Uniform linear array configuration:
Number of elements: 24
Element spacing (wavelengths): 0.75
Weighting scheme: uniform
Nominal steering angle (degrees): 60
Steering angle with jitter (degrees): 58.027
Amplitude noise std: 0.05
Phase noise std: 0.05

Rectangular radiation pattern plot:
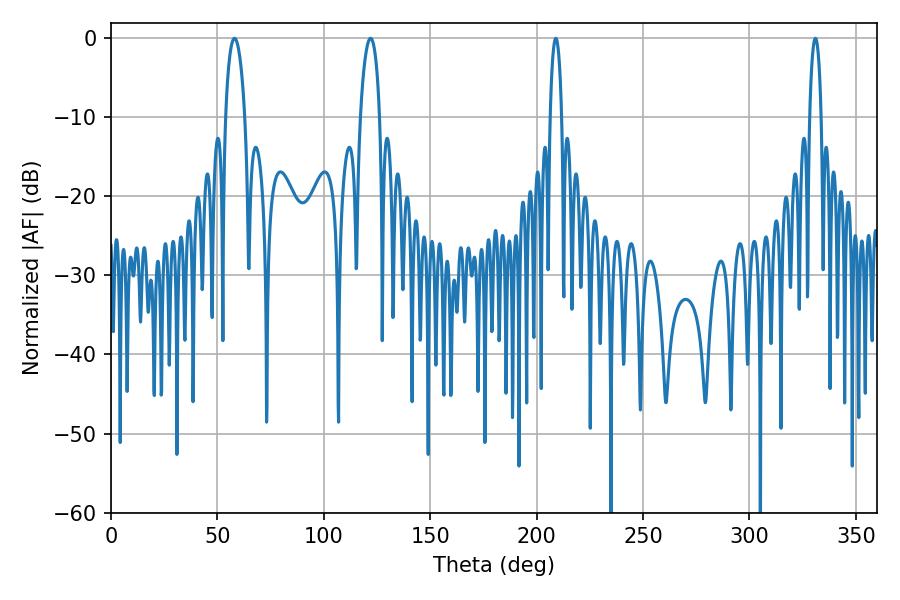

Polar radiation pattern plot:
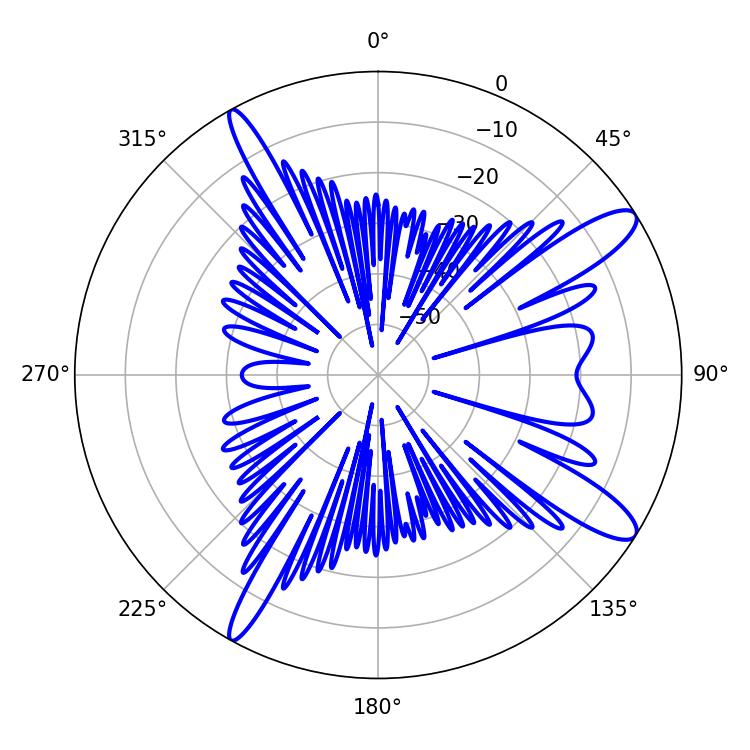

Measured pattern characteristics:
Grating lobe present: TRUE
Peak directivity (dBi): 12.28
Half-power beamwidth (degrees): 3.06
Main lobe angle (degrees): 208.98